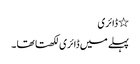
٭ ڈائری
پہلے میں ڈائری لکھتا تھا ۔